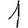
Digit: 1